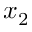
x _ { 2 }